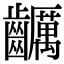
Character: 𪙺